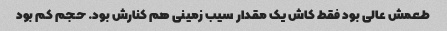
طعمش عالی بود فقط کاش یک مقدار سیب زمینی هم کنارش بود. حجم کم بود